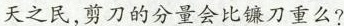
天之民，剪刀的分量会比镰刀重么?